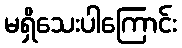
မရှိသေးပါကြောင်း